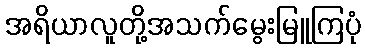
အရိယာလူတို့အသက်မွေးမြူကြပုံ